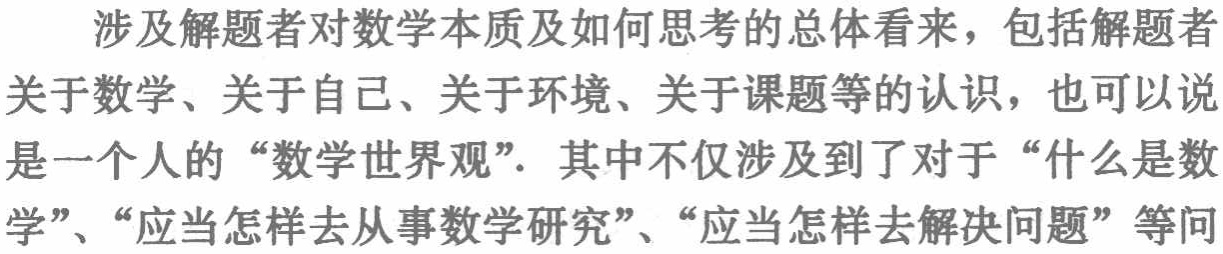
涉及解题者对数学本质及如何思考的总体看来，包括解题者关于数学、关于自己、关于环境、关于课题等的认识，也可以说是一个人的“数学世界观”. 其中不仅涉及到了对于“什么是数学”、“应当怎样去从事数学研究”、“应当怎样去解决问题”等问